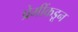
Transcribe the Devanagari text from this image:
प्रेमींकडून